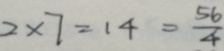
2 \times 7 = 1 4 = \frac { 5 6 } { 4 }